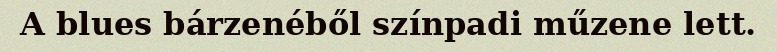
A blues bárzenéből színpadi műzene lett.